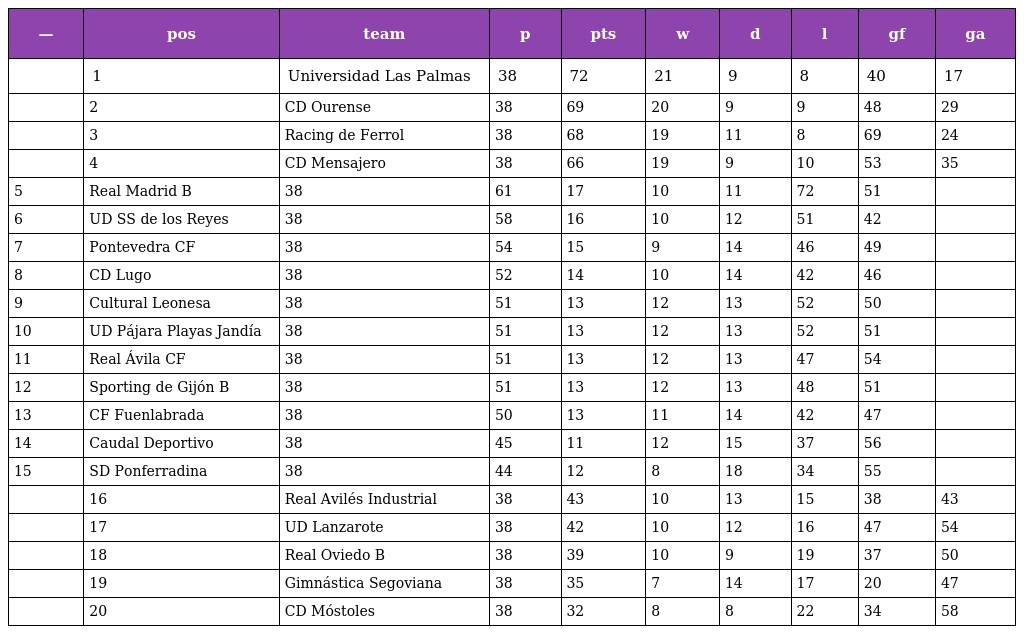
| — | pos | team | p | pts | w | d | l | gf | ga |
 | --- | --- | --- | --- | --- | --- | --- | --- | --- | --- |
 |  | 1 | Universidad Las Palmas | 38 | 72 | 21 | 9 | 8 | 40 | 17 |
 |  | 2 | CD Ourense | 38 | 69 | 20 | 9 | 9 | 48 | 29 |
 |  | 3 | Racing de Ferrol | 38 | 68 | 19 | 11 | 8 | 69 | 24 |
 |  | 4 | CD Mensajero | 38 | 66 | 19 | 9 | 10 | 53 | 35 |
 | 5 | Real Madrid B | 38 | 61 | 17 | 10 | 11 | 72 | 51 |  |
 | 6 | UD SS de los Reyes | 38 | 58 | 16 | 10 | 12 | 51 | 42 |  |
 | 7 | Pontevedra CF | 38 | 54 | 15 | 9 | 14 | 46 | 49 |  |
 | 8 | CD Lugo | 38 | 52 | 14 | 10 | 14 | 42 | 46 |  |
 | 9 | Cultural Leonesa | 38 | 51 | 13 | 12 | 13 | 52 | 50 |  |
 | 10 | UD Pájara Playas Jandía | 38 | 51 | 13 | 12 | 13 | 52 | 51 |  |
 | 11 | Real Ávila CF | 38 | 51 | 13 | 12 | 13 | 47 | 54 |  |
 | 12 | Sporting de Gijón B | 38 | 51 | 13 | 12 | 13 | 48 | 51 |  |
 | 13 | CF Fuenlabrada | 38 | 50 | 13 | 11 | 14 | 42 | 47 |  |
 | 14 | Caudal Deportivo | 38 | 45 | 11 | 12 | 15 | 37 | 56 |  |
 | 15 | SD Ponferradina | 38 | 44 | 12 | 8 | 18 | 34 | 55 |  |
 |  | 16 | Real Avilés Industrial | 38 | 43 | 10 | 13 | 15 | 38 | 43 |
 |  | 17 | UD Lanzarote | 38 | 42 | 10 | 12 | 16 | 47 | 54 |
 |  | 18 | Real Oviedo B | 38 | 39 | 10 | 9 | 19 | 37 | 50 |
 |  | 19 | Gimnástica Segoviana | 38 | 35 | 7 | 14 | 17 | 20 | 47 |
 |  | 20 | CD Móstoles | 38 | 32 | 8 | 8 | 22 | 34 | 58 |